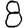
Digit: 8